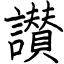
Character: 讃